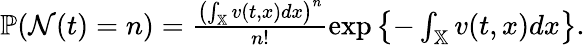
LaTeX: \begin{array}{r}{\mathbb{P}(\mathcal{N}(t)=n)=\frac{\left(\int_{\mathbb{X}}v(t,x)dx\right)^{n}}{n!}\exp\left\{ -\int_{\mathbb{X}}v(t,x)dx\right\} .}\end{array}